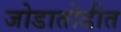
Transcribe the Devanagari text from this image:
जोडातोडीत